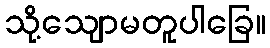
သို့သျောမတူပါခြေ။